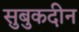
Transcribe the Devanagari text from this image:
सुबुकदीन